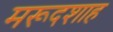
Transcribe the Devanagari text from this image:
मरूदशाह